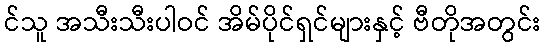
င်သူ အသီးသီးပါဝင် အိမ်ပိုင်ရှင်များနှင့် ဗီတိုအတွင်း